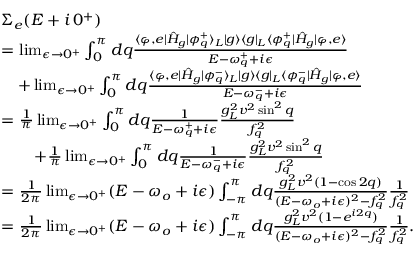
\begin{array} { r l } & { \Sigma _ { e } ( E + i \, 0 ^ { + } ) } \\ & { = \operatorname* { l i m } _ { \epsilon \rightarrow 0 ^ { + } } \int _ { 0 } ^ { \pi } d q \frac { \langle \varphi , e | \hat { H } _ { g } | \phi _ { q } ^ { + } \rangle _ { L } | g \rangle \langle g | _ { L } \langle \phi _ { q } ^ { + } | \hat { H } _ { g } | \varphi , e \rangle } { E - \omega _ { q } ^ { + } + i \epsilon } } \\ & { \quad + \operatorname* { l i m } _ { \epsilon \rightarrow 0 ^ { + } } \int _ { 0 } ^ { \pi } d q \frac { \langle \varphi , e | \hat { H } _ { g } | \phi _ { q } ^ { - } \rangle _ { L } | g \rangle \langle g | _ { L } \langle \phi _ { q } ^ { - } | \hat { H } _ { g } | \varphi , e \rangle } { E - \omega _ { q } ^ { - } + i \epsilon } } \\ & { = \frac { 1 } { \pi } \operatorname* { l i m } _ { \epsilon \rightarrow 0 ^ { + } } \int _ { 0 } ^ { \pi } d q \frac { 1 } { E - \omega _ { q } ^ { + } + i \epsilon } \frac { g _ { L } ^ { 2 } v ^ { 2 } \sin ^ { 2 } { q } } { f _ { q } ^ { 2 } } } \\ & { \quad \quad + \frac { 1 } { \pi } \operatorname* { l i m } _ { \epsilon \rightarrow 0 ^ { + } } \int _ { 0 } ^ { \pi } d q \frac { 1 } { E - \omega _ { q } ^ { - } + i \epsilon } \frac { g _ { L } ^ { 2 } v ^ { 2 } \sin ^ { 2 } { q } } { f _ { q } ^ { 2 } } } \\ & { = \frac { 1 } { 2 \pi } \operatorname* { l i m } _ { \epsilon \rightarrow 0 ^ { + } } ( E - \omega _ { o } + i \epsilon ) \int _ { - \pi } ^ { \pi } d q \frac { g _ { L } ^ { 2 } v ^ { 2 } ( 1 - \cos { 2 q } ) } { ( E - \omega _ { o } + i \epsilon ) ^ { 2 } - f _ { q } ^ { 2 } } \frac { 1 } { f _ { q } ^ { 2 } } } \\ & { = \frac { 1 } { 2 \pi } \operatorname* { l i m } _ { \epsilon \rightarrow 0 ^ { + } } ( E - \omega _ { o } + i \epsilon ) \int _ { - \pi } ^ { \pi } d q \frac { g _ { L } ^ { 2 } v ^ { 2 } ( 1 - e ^ { i 2 q } ) } { ( E - \omega _ { o } + i \epsilon ) ^ { 2 } - f _ { q } ^ { 2 } } \frac { 1 } { f _ { q } ^ { 2 } } . } \end{array}